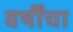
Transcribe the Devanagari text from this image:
वर्षींचा